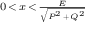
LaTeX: \scriptstyle 0 \, < \, x \, < \, { \frac { E } { \sqrt { P ^ { 2 } \, + \, Q ^ { 2 } } } }